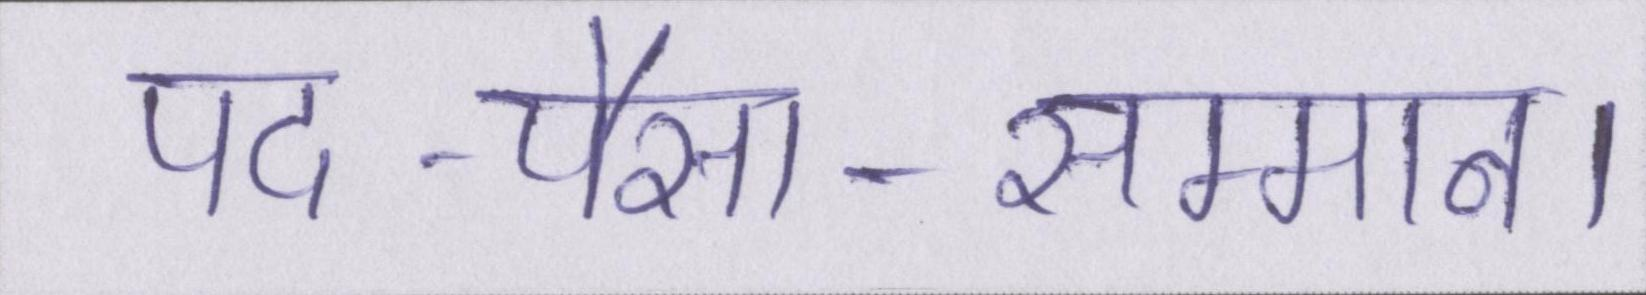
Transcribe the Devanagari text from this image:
पद-पैसा-सम्मान।